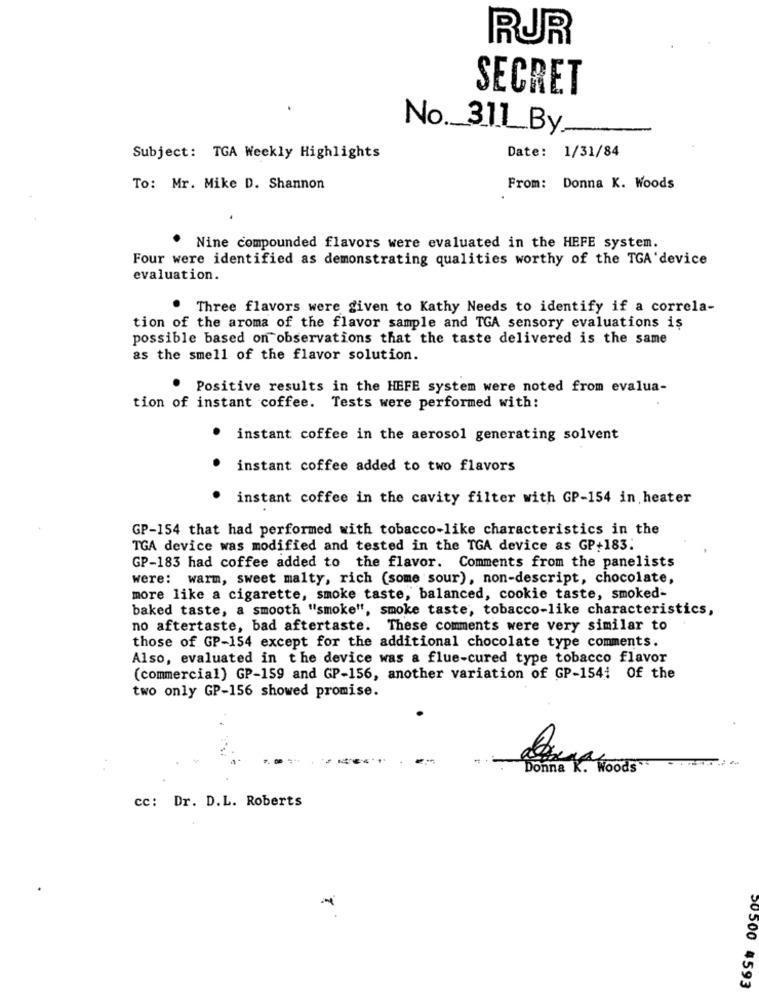
RUR
SECRET
No ._ 311By
Subject: TGA Weekly Highlights
Date: 1/31/84
To: Mr. Mike D. Shannon
From: Donna K. Woods
Nine compounded flavors were evaluated in the HEFE system.
Four were identified as demonstrating qualities worthy of the TGA'device
evaluation.
Three flavors were given to Kathy Needs to identify if a correla-
tion of the aroma of the flavor sample and TGA sensory evaluations is
possible based on observations that the taste delivered is the same
as the smell of the flavor solution.
. Positive results in the HEFE system were noted from evalua-
tion of instant coffee. Tests were performed with:
instant coffee in the aerosol generating solvent
instant coffee added to two flavors
instant coffee in the cavity filter with GP-154 in heater
GP-154 that had performed with tobacco-like characteristics in the
TGA device was modified and tested in the TGA device as GP+183.
GP-183 had coffee added to the flavor. Comments from the panelists
were: warm, sweet malty, rich (some sour), non-descript, chocolate,
more like a cigarette, smoke taste, balanced, cookie taste, smoked-
baked taste, a smooth "smoke", smoke taste, tobacco-like characteristics,
no aftertaste, bad aftertaste. These comments were very similar to
those of GP-154 except for the additional chocolate type comments.
Also, evaluated in the device was a flue-cured type tobacco flavor
(commercial) GP-159 and GP-156, another variation of GP-154; Of the
two only GP-156 showed promise.
..
Donna
cc: Dr. D.L. Roberts
50500 4593